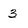
Character: 3